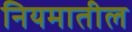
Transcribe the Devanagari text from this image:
नियमातील